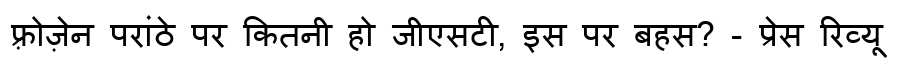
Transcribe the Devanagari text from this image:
फ़्रोज़ेन परांठे पर कितनी हो जीएसटी, इस पर बहस? - प्रेस रिव्यू